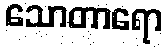
သောတာရော